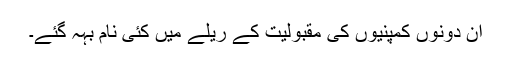
اِن دونوں کمپنیوں کی مقبولیت کے ریلے میں کئی نام بہہ گئے۔